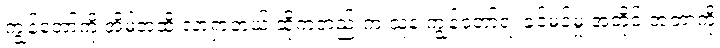
ကျွန်တော့်ကို အိမ်အထိ လာရှာတယ် ဆိုကတည်းက သူနဲ့ ကျွန်တော်ရဲ့ ခင်မင်မှု အတိုင်းအတာကို